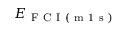
E _ { \mathrm { ~ F ~ C ~ I ~ ( ~ m ~ 1 ~ s ~ ) ~ } }